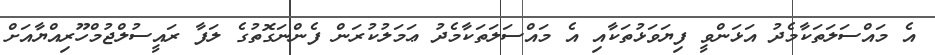
އެ މައްސަލަތަކާމެދު އަޅަންވީ ފިޔަވަޅުތަކާއި އެ މައްސަލަތަކާމެދު ޢަމަލުކުރަން ފެންނަގޮތުގެ ލަފާ ރައީސުލްޖުމްހޫރިއްޔާއަށް